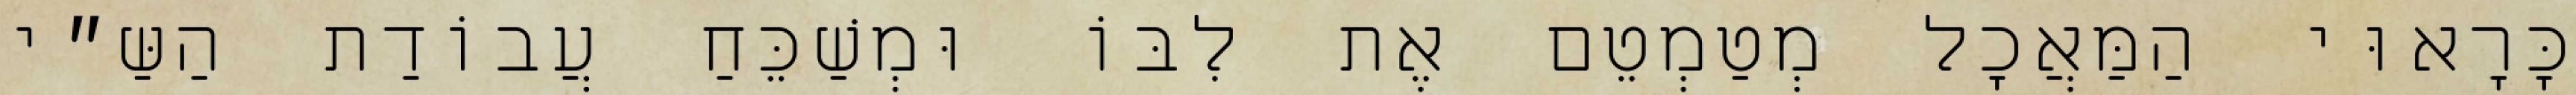
כָּרָאוּי הַמַּאֲכָל מְטַמְטֵם אֶת לִבּוֹ וּמְשַׁכֵּחַ עֲבוֹדַת הַשַּ״י